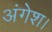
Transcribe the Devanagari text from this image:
अंगेश।